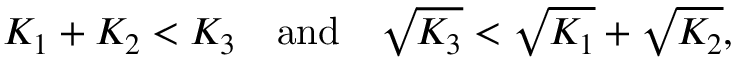
K _ { 1 } + K _ { 2 } < K _ { 3 } \quad \mathrm { a n d } \quad \sqrt { K _ { 3 } } < \sqrt { K _ { 1 } } + \sqrt { K _ { 2 } } ,